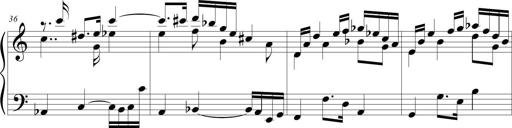
Title: Beatrice Bellaboomboom
Composer: Michel Rondeau
Key: A minor